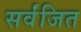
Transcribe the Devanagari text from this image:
सर्वंजित